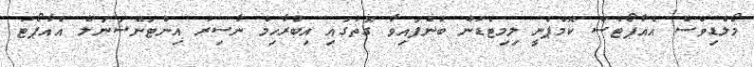
މޯލްޑިވްސް އެއާޕޯޓްސް ކޮމްޕެނީ ލިމިޓެޑުން ބުނެފައިވާ ގޮތުގައި އިބްރާހިމް ނާސިރު އިންޓަނޭޝަނަލް އެއާޕޯޓު